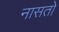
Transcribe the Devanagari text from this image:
नासतो